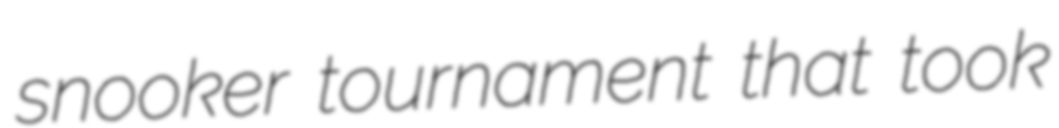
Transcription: snooker tournament that took